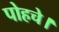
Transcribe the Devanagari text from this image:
पोहचे।